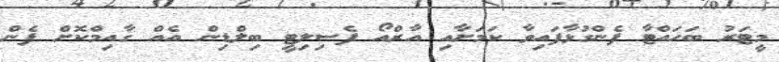
މީޓަރު ބަހައްޓާ ފެންގުޅާފައިވާ ކަަމަށާއި އާރްއޯ ފެސިލިޓީ ބިލްޑިން އެއް ގާއިމްކޮށް ފެން